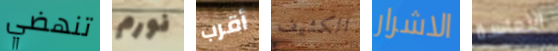
تنهضي نورم أقرب الكثيف الاشرار التعاسة